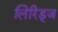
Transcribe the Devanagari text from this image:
लिरिड्ज